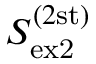
S _ { \mathrm { e x 2 } } ^ { ( 2 \mathrm { s t ) } }